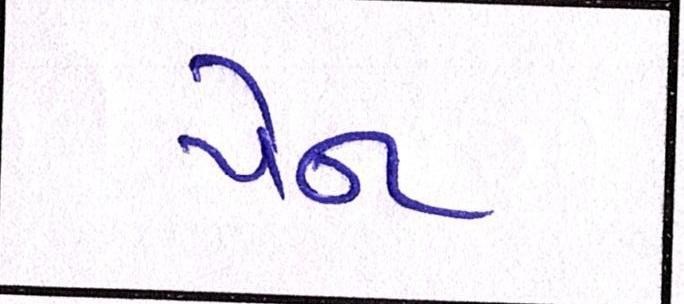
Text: પેન